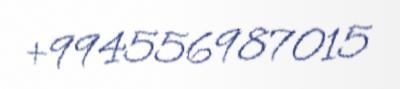
+994556987015